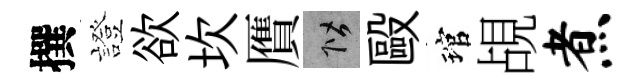
撰證欲坎贋階毆琯覘煮